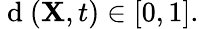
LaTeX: \mathrm{~d~}({\mathbf X},t)\in[0,1].